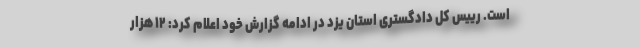
است. رییس کل دادگستری استان یزد در ادامه گزارش خود اعلام کرد: ۱۲ هزار